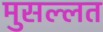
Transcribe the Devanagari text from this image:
मुसल्लत